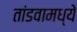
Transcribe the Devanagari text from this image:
तांडवामध्ये